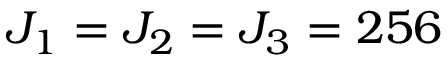
J _ { 1 } = J _ { 2 } = J _ { 3 } = 2 5 6